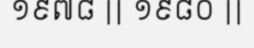
១៩៧៨ || ១៩៨០ ||